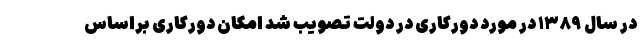
در سال ۱۳۸۹ در مورد دورکاری در دولت تصویب شد امکان دورکاری براساس